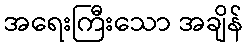
အရေးကြီးသော အချိန်